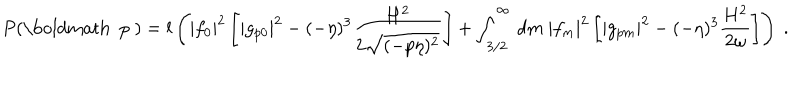
P ( \mathrm { \boldmath ~ p ~ } ) = l \left( | f _ { 0 } | ^ { 2 } \left[ | g _ { p 0 } | ^ { 2 } - ( - \eta ) ^ { 3 } \frac { H ^ { 2 } } { 2 \sqrt { ( - p \eta ) ^ { 2 } } } \right] + \int _ { 3 / 2 } ^ { \infty } \, d m \ | f _ { m } | ^ { 2 } \left[ | g _ { p m } | ^ { 2 } - ( - \eta ) ^ { 3 } \frac { H ^ { 2 } } { 2 \omega } \right] \right) \ .